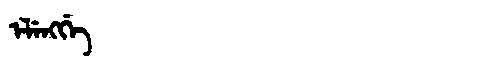
Manchu: ᡝᠯᡝᠩᡤᡝ
Romanization: ELENGGE